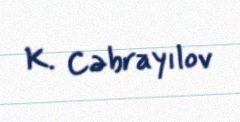
K. Cəbrayılov